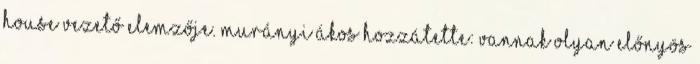
House vezető elemzője. Murányi Ákos hozzátette: vannak olyan előnyös